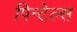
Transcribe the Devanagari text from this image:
पिन्टेल्स